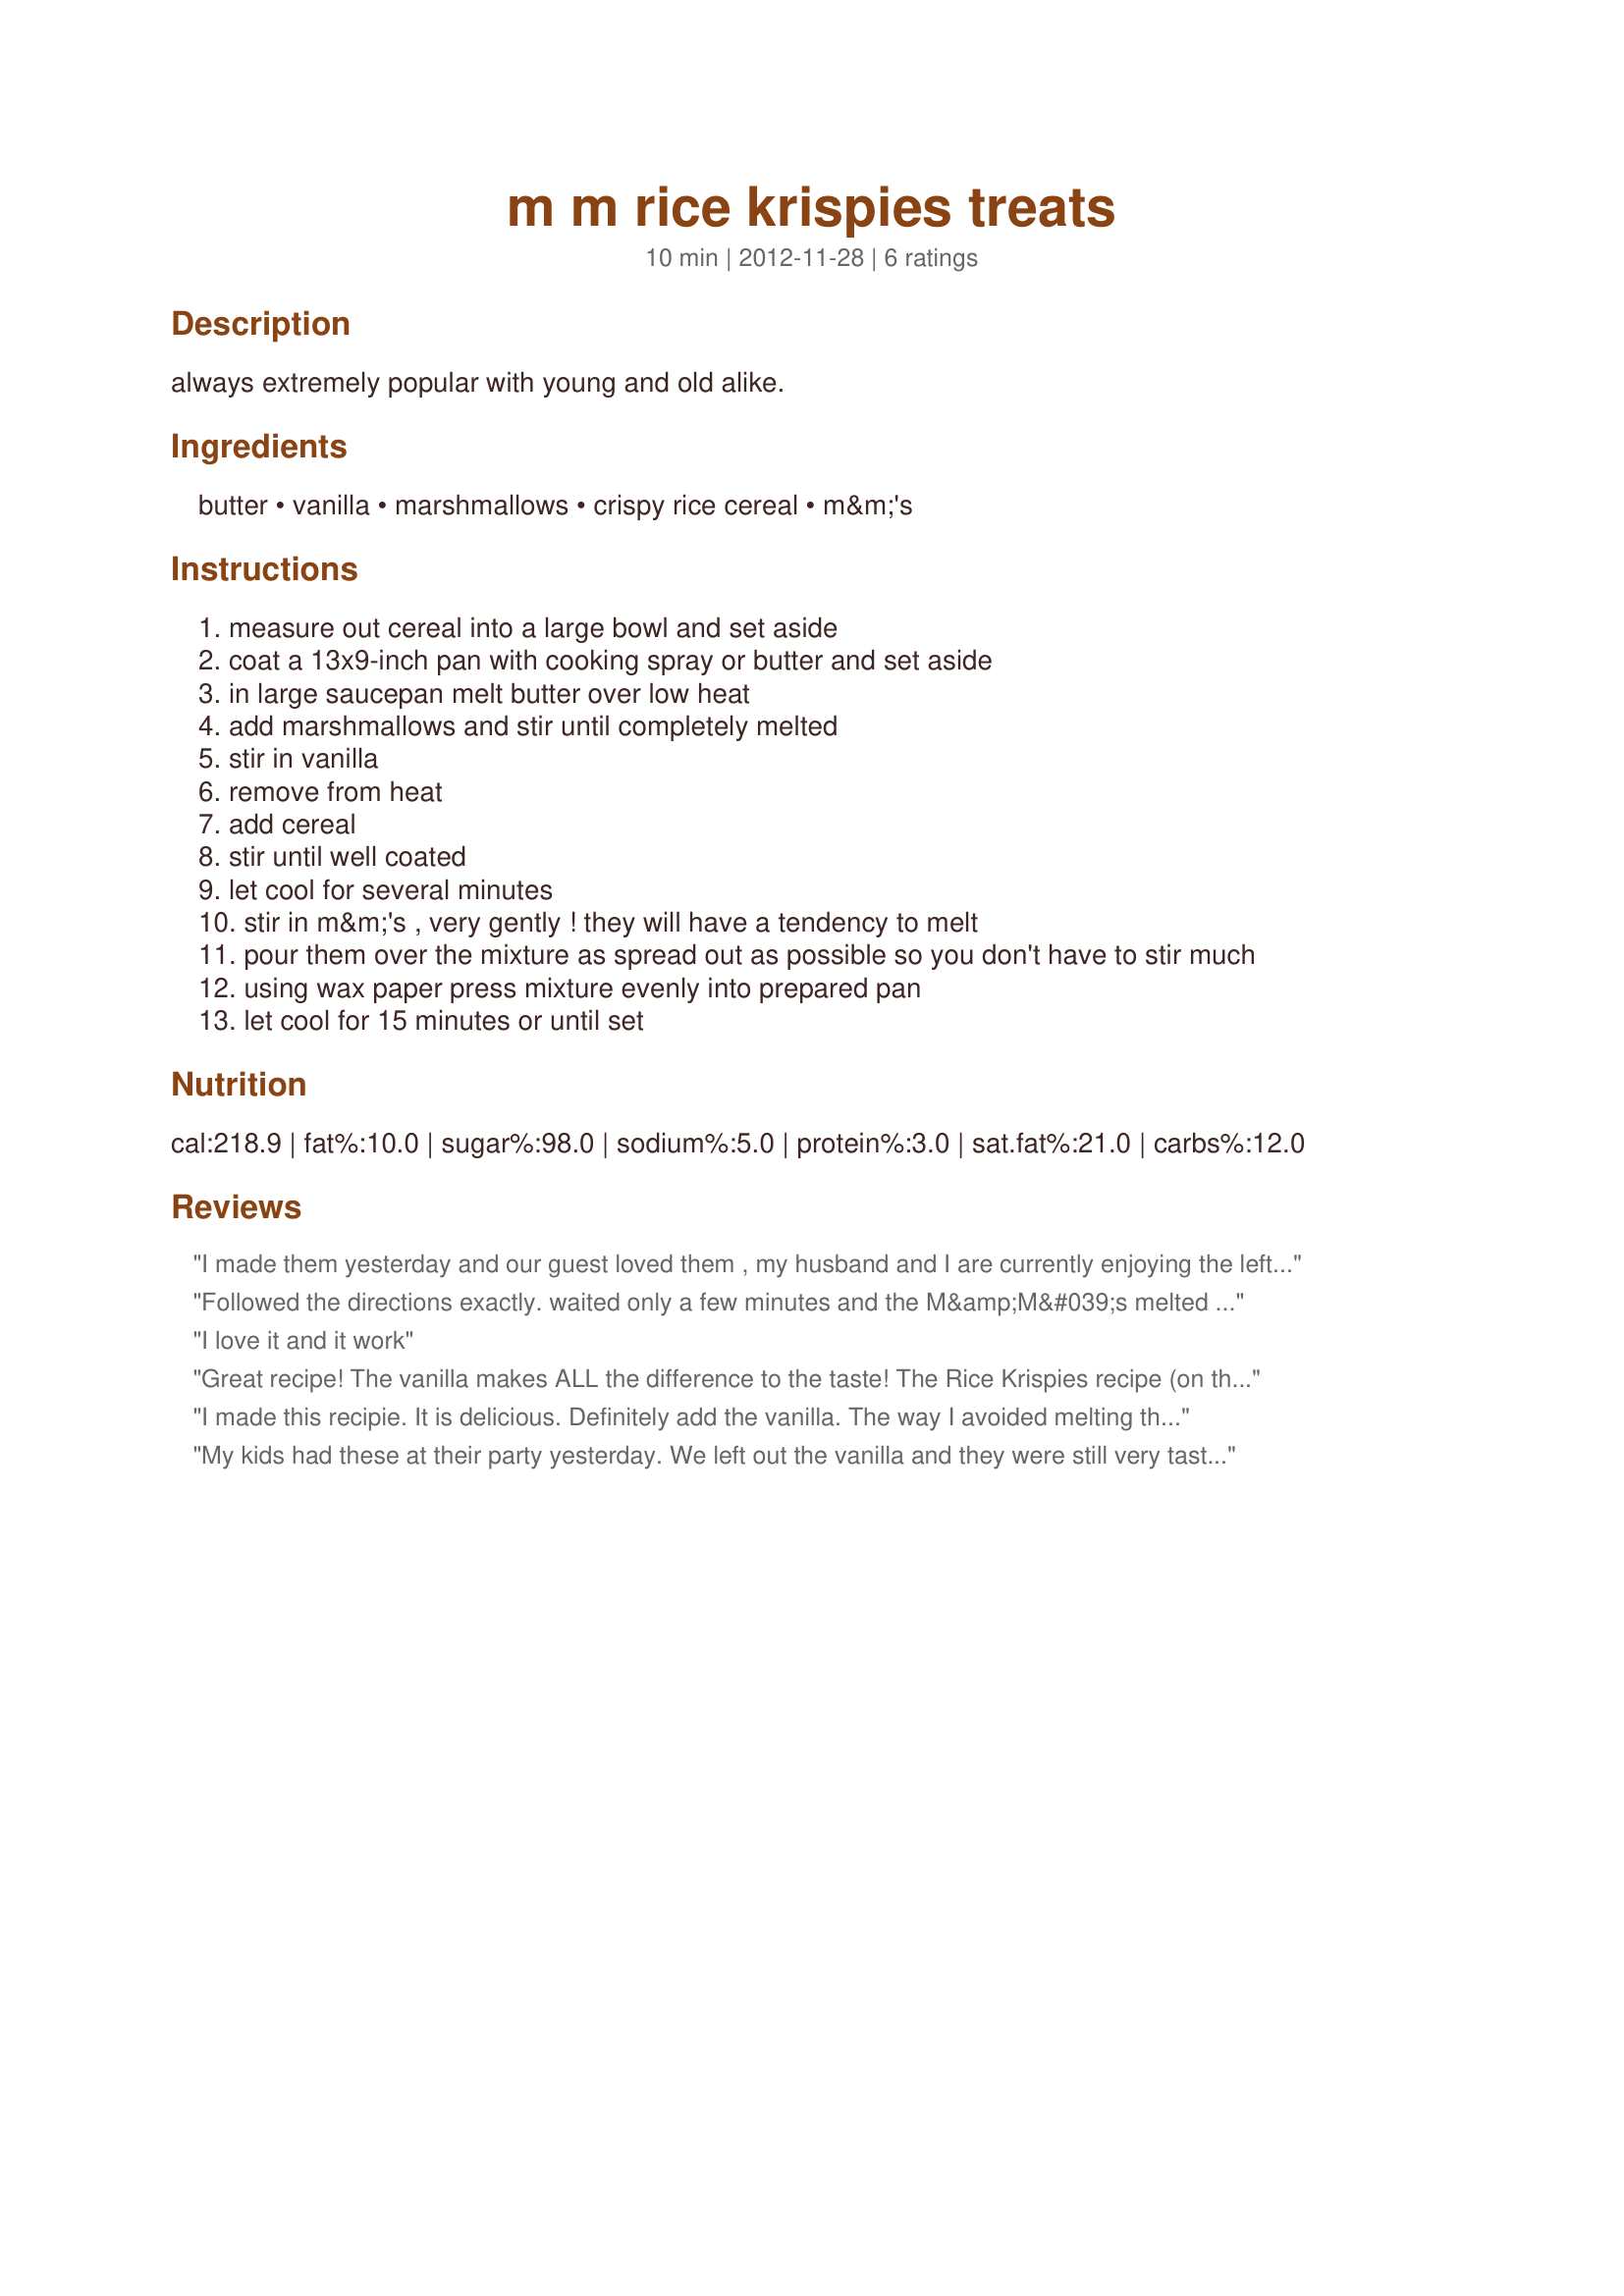
m m rice krispies treats
Preparation time: 10 minutes

always extremely popular with young and old alike.

Ingredients:
butter, vanilla, marshmallows, crispy rice cereal, m&m's

Steps:
measure out cereal into a large bowl and set aside
coat a 13x9-inch pan with cooking spray or butter and set aside
in large saucepan melt butter over low heat
add marshmallows and stir until completely melted
stir in vanilla
remove from heat
add cereal
stir until well coated
let cool for several minutes
stir in m&m's , very gently ! they will have a tendency to melt
pour them over the mixture as spread out as possible so you don't have to stir much
using wax paper press mixture evenly into prepared pan
let cool for 15 minutes or until set

Reviews:
I made them yesterday and our guest loved them , my husband and I are currently enjoying the left overs this morning . Definitely use Vanilla ..yum Also during the process of melting butter and marshmallows have the candy in the freezer . I did that and they didn't melt !
Followed the directions exactly. waited only a few minutes and the M&amp;M&#039;s melted and looked terrible.
I love it and it work
Great recipe! The vanilla makes ALL the difference to the taste! The Rice Krispies recipe (on the box) never contained this ingredient--big mistake!. And, no joke about waiting a few minutes to stir in the M&amp;Ms. They do melt. I found that I didn&#039;t need or want all the M&amp;Ms called for, so no problem if you have fewer than you need.&lt;br/&gt;&lt;br/&gt;I double this batch, and make half plain (no M&amp;Ms) and the other half with the M&amp;Ms. By the time you get the plain batch pressed into the pan (and do spray a little PAM on the waxed paper before using it to press the mixture into the pan), the rest is cooled down just enough to put in the M&amp;Ms without melting them all.&lt;br/&gt;&lt;br/&gt;I also save about 1/4 cup of M&amp;Ms to press lightly into the top of the batch once the mixture is in the pan. This makes it look that much more festive!&lt;br/&gt;&lt;br/&gt;Also, be sure to use those pretty pastel M&amp;Ms in the springtime! ; )
I made this recipie. It is delicious. Definitely add the vanilla. The way I avoided melting the M and M&#039;s was to cool my quart pan containing the melted marshmallows and butter and vanilla and cereal in a cool bath of water. It cooled more even and I was able to add the candy without melting them. The mixture was a little more stuff but this definitely avoided the melting candy and they turned out perfect. I put some candy aside and placed them on top when I was done putting the mixture in the pan to cool.
My kids had these at their party yesterday. We left out the vanilla and they were still very tasty. We used pastel Non Stop (a candy in Norway similar to M&amp;M's) and easily pressed the mixture into the pan with a silicone spatula. Pre measuring all ingredients is important. These will be repeated at our house!
